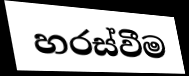
හරස්වීම